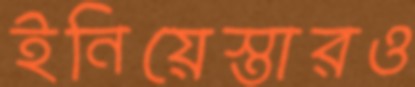
ইনিয়েস্তারও